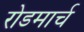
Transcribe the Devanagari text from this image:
रोडमार्च